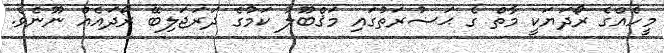
މީހެއްގެ ރޯދަޔަކީ މާތް ގެ ޙަޟުރަތުގައި މަޤްބޫލު ކަމުގެ ދަރަޖަލިބޭ ރޯދައެއް ނޫނެވެ.